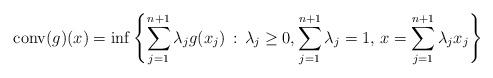
LaTeX: \begin{align*}\textrm{conv}(g)(x)=\inf\left\lbrace \sum_{j=1}^{n+1}\lambda_{j} g(x_j) \, : \, \lambda_j\geq 0,\sum_{j=1}^{n+1}\lambda_j =1, \, x=\sum_{j=1}^{n+1}\lambda_j x_j \right\rbrace\end{align*}